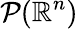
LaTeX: \mathcal P(\mathbb{R}^{n})